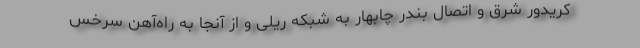
کریدور شرق و اتصال بندر چابهار به شبکه ریلی و از آنجا به راه‌آهن سرخس